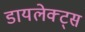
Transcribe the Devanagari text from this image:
डायलेक्ट्स